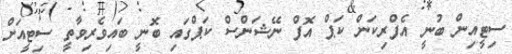
ސިޓީއިން ބުނީ އެފްރިކަން ކަޕް އޮފް ނޭޝަންސް ކަޕްގައި ބޮނީ ބައިވެރިވާތީ ސިޓީއަށް